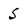
Character: 5